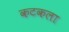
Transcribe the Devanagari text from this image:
कटकला